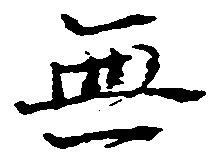
無